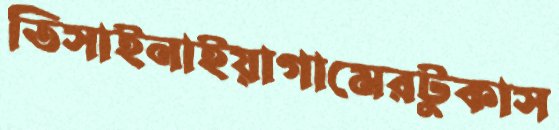
তিসাইনাইয়াগামেরটুকাস